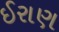
ઈરાણ